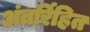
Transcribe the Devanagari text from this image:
अंतर्रिहित